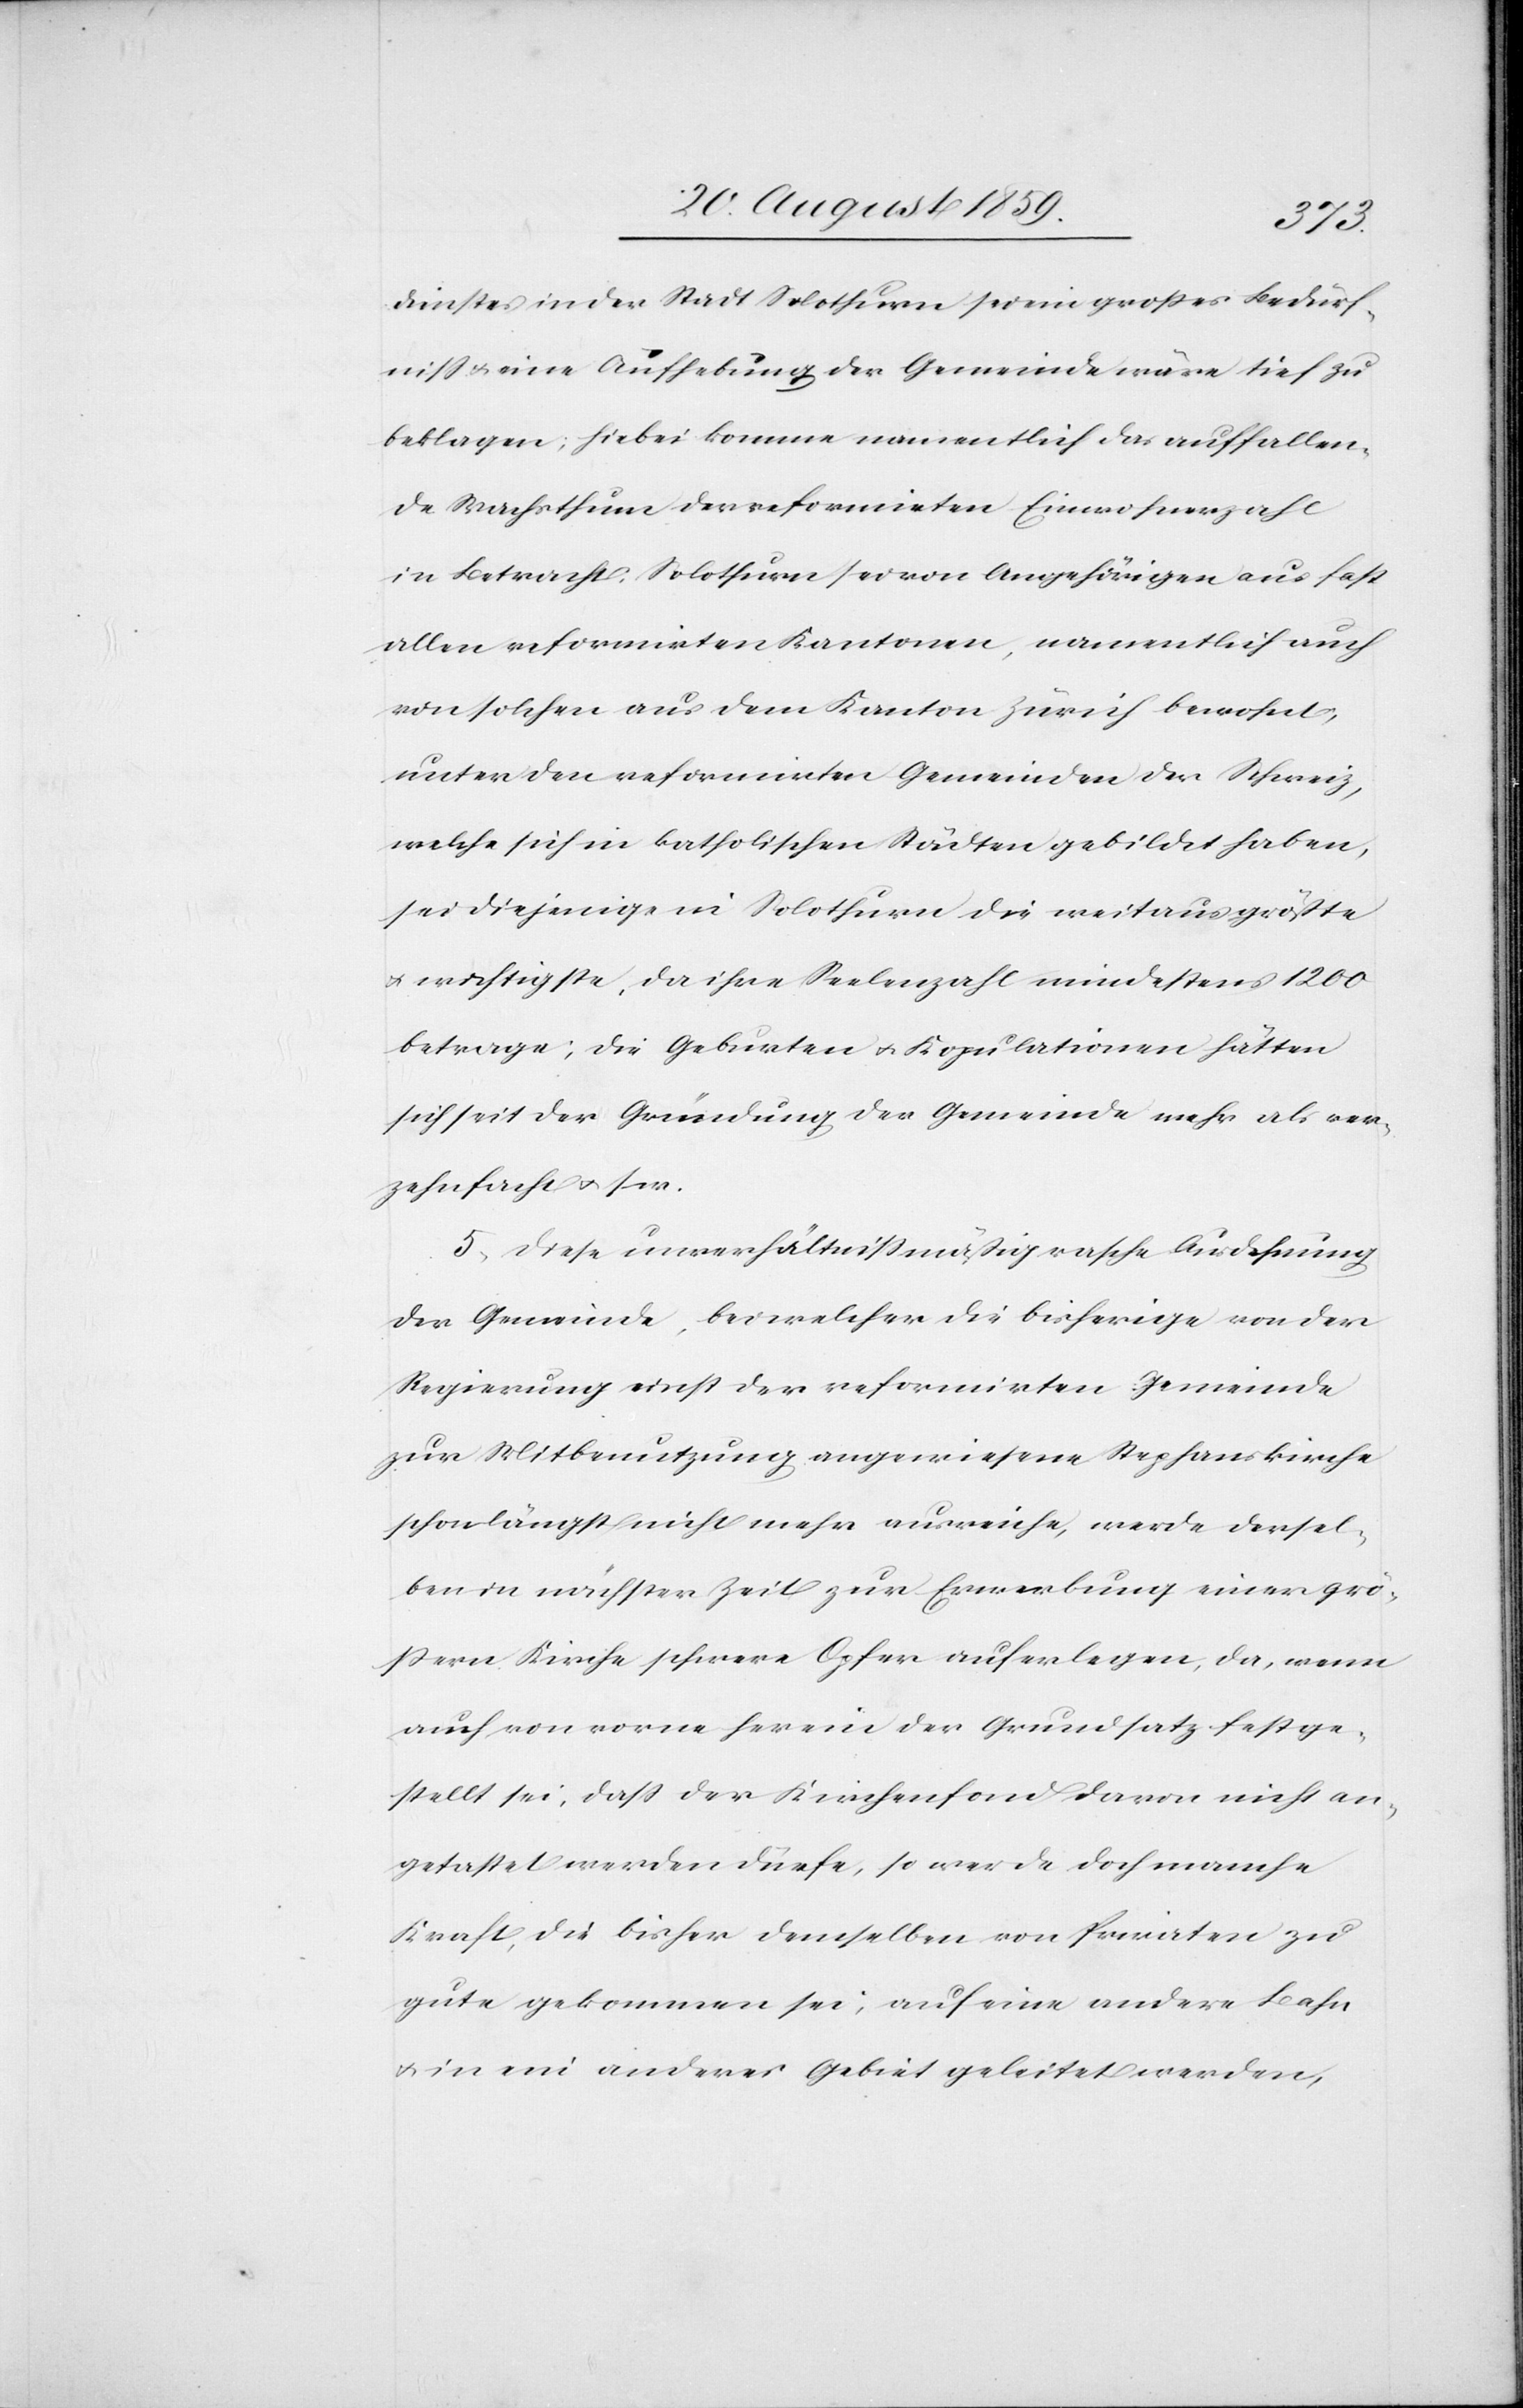
dienstes in der Stadt Solothurn sei ein großes Bedürf¬
niß & eine Aufhebung der Gemeinde wäre tief zu
beklagen; hiebei komme namentlich das auffallen¬
de Wachsthum der reformirten Einwohnerzahl
in Betracht. Solothurn sei von Angehörigen aus fast
allen reformirten Kantonen, namentlich auch
von solchen aus dem Kanton Zürich bewohnt,
unter den reformirten Gemeinden der Schweiz,
welche sich in katholischen Städten gebildet haben,
sei diejenige in Solothurn die weitaus größte
& wichtigste, da ihre Seelenzahl mindestens 1200
betrage; die Geburten & Kopulationen hätten
sich seit der Gründung der Gemeinde mehr als ver¬
zehnfachet &. s. w.
5. Diese unverhältnißmäßig rasche Ausdehnung
der Gemeinde, bei welcher die bisherige von der
Regierung einst der reformirten Gemeinde
zur Mitbenutzung angewiesene Stephanskirche
schon längst nicht mehr ausreiche, werde dersel¬
ben in nächster Zeit zur Erwerbung einer grö¬
ßern Kirche schwere Opfer auferlegen, da, wenn
auch von vorne herein der Grundsatz festge¬
stellt sei, daß der Kirchenfond davon nicht an¬
getastet werden dürfe, so werde doch manche
Kraft, die bisher demselben von Privaten zu
gute gekommen sei, auf eine andere Bahn
& in ein anderes Gebiet geleitet werden,